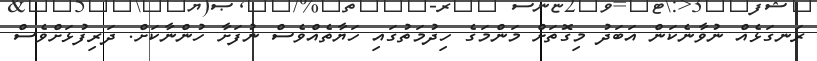
ރަނގަޅެއް ނުވާނެކަން އަބަދު މިގޮތަށް މަންމަގެ ހިދުމަތުގައި ހަޔާތެއްވެސް ނުފަށާ ހުންނާކަށް. ދަރިފުޅަށްވެސް